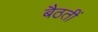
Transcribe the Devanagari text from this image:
बैठतीं